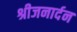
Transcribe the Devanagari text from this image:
श्रीजनार्दन